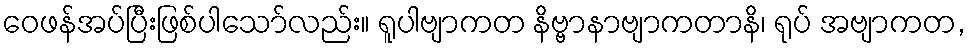
ဝေဖန်အပ်ပြီးဖြစ်ပါသော်လည်း။ ရူပါဗျာကတ နိဗ္ဗာနာဗျာကတာနိ၊ ရုပ် အဗျာကတ,